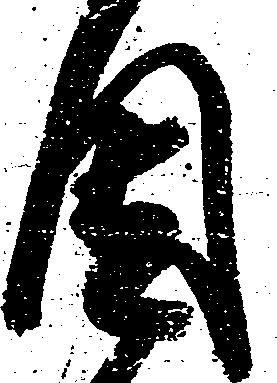
固